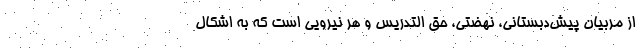
از مربیان پیش‌دبستانی، نهضتی، حق التدریس و هر نیرویی است که به اشکال